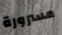
مسرورة